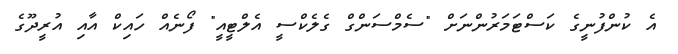
އެ ކުންފުނީގެ ކަސްޓަމަރުންނަށް "ސެމްސަންގް ގެލެކްސީ އެލްޓީއީ" ފޯނެއް ހައިކް އާއި އުރީދޫގެ